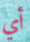
أي